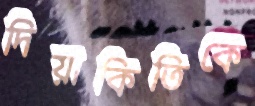
দিয়াকিতিকে